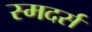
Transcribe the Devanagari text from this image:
स्मदर्स